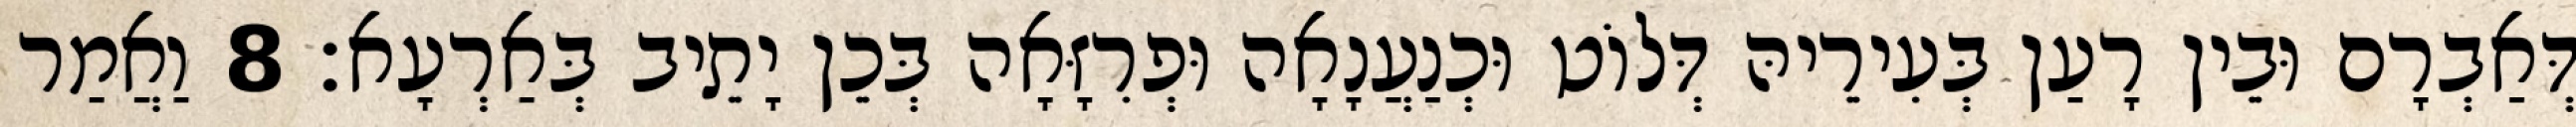
דְּאַבְרָם וּבֵין רָעַן בְּעִירֵיהּ דְּלוֹט וּכְנַעֲנָאָה וּפְרִזָּאָה בְּכֵן יָתֵיב בְּאַרְעָא׃ 8 וַאֲמַר